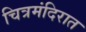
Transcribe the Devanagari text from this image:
चित्रमंदिरात